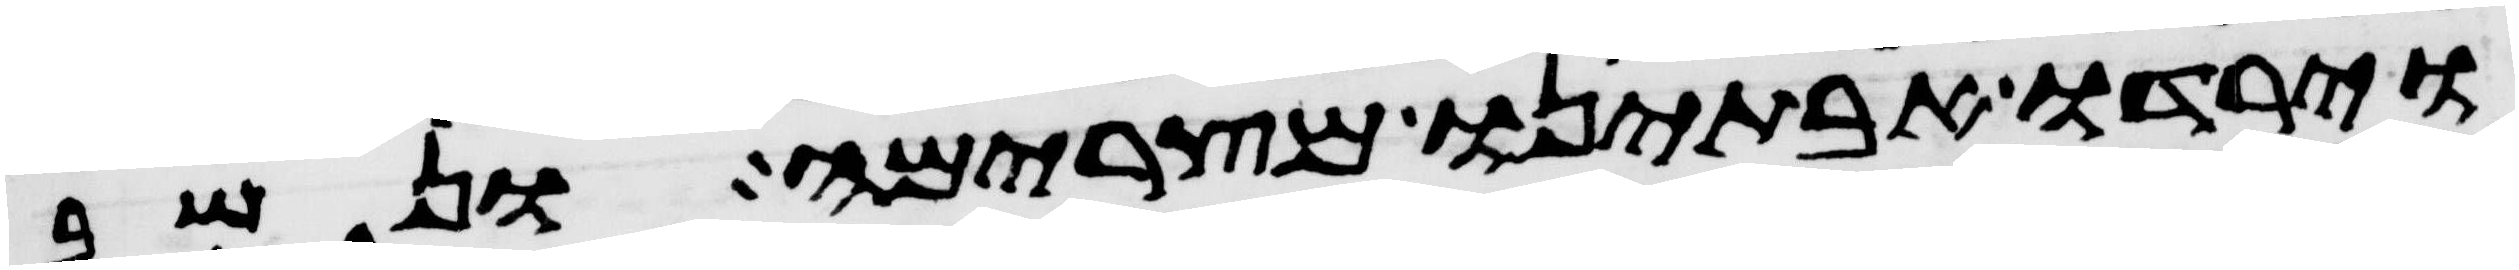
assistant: וירדו אבתינו מצרימה ונשב